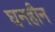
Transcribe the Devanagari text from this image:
घनहीन